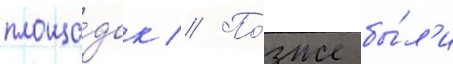
площа́док // По́зже бы́л'и